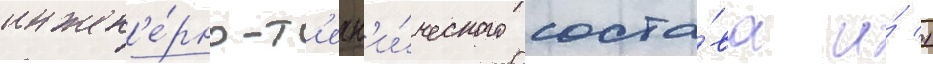
инжен'е́рно-т'ехн'и́ческого соста́ва и́ 1